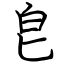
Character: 皀